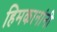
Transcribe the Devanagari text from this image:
हिमकानांनी